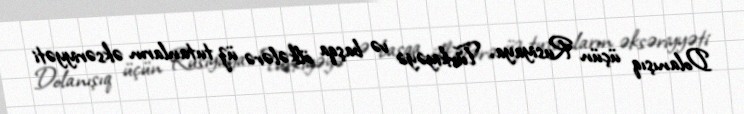
Dolanışıq üçün Rusiyaya, Türkiyəyə və başqa ölkələrə üz tutanların əksəriyyəti